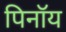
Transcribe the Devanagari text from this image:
पिनॉय